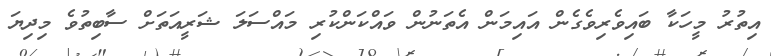
އިތުރު މީހަކާ ބައިވެރިވެގެން އައިމަން އެތަނުން ވައްކަންކުރި މައްސަލަ ޝަރީއަތަށް ސާބިތުވެ މިދިޔަ